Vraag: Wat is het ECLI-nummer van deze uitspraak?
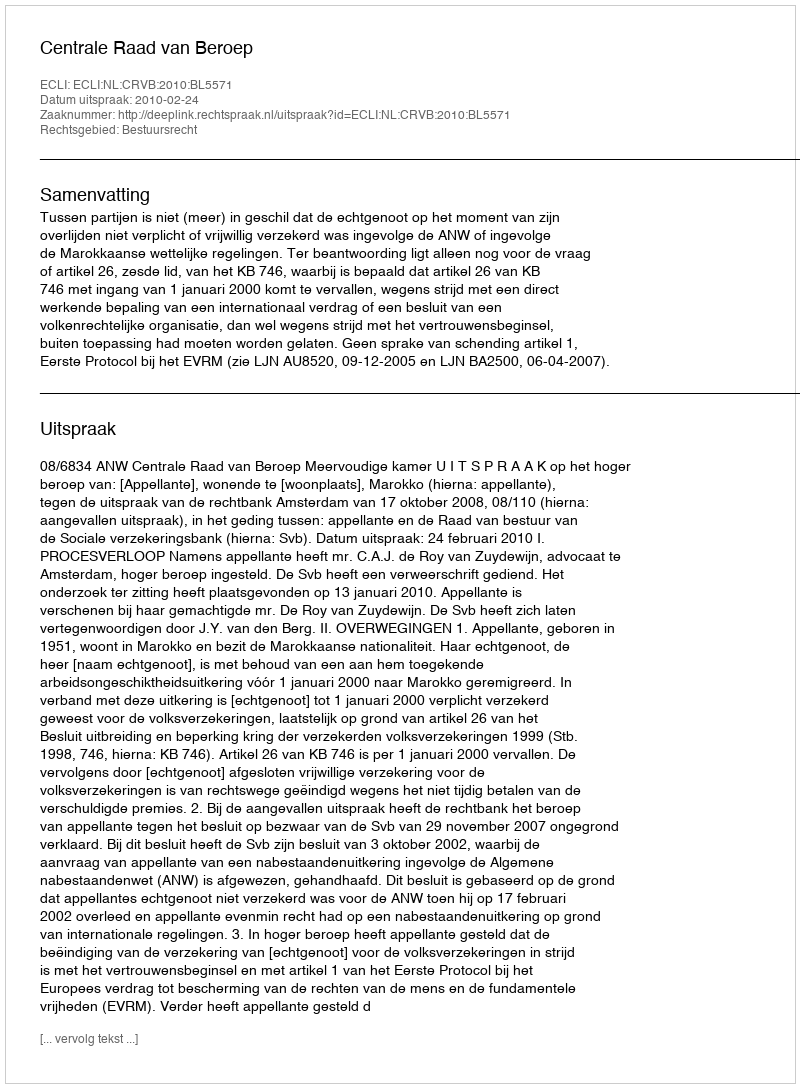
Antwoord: ECLI:NL:CRVB:2010:BL5571